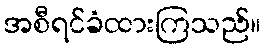
အစီရင်ခံထားကြသည်။